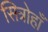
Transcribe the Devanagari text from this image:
सित्रोहाँ